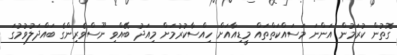
ގޮތުން ކުރަމުން އަންނަ މަސައްކަތްތައް މީޑިއާއަށް ހިއްސާކުރުމަށް މިއަދު ބޭއްވި ނޫސްވެރިންގެ ބައްދަލުވުމުގަ